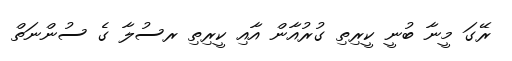
ރޭގަ މީނާ ބުނީ ކީރިތި ގުރުއާން އާއި ކީރިތި ރސުލާ ގެ ސުންނަތް